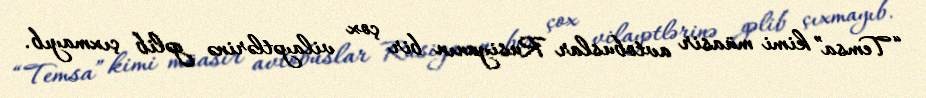
“Temsa” kimi müasir avtobuslar Rusiyanın bir çox vilayətlərinə gəlib çıxmayıb.